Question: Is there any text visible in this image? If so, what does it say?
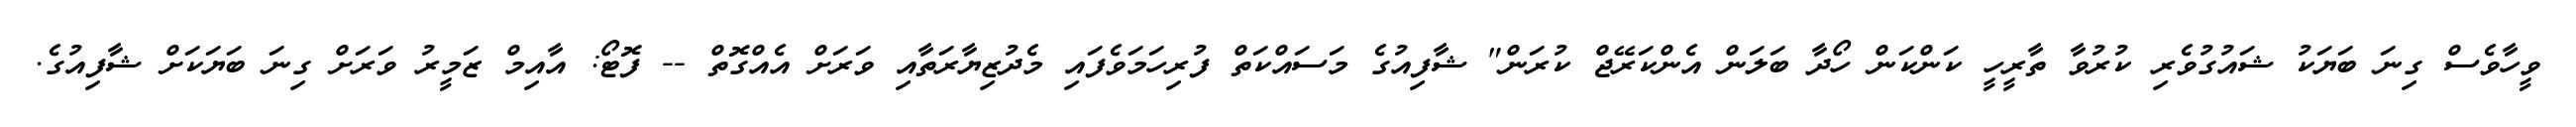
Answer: ވީހާވެސް ގިނަ ބަޔަކު ޝައުގުވެރި ކުރުވާ ތާރީހީ ކަންކަން ހޯދާ ބަލަން އެންކަރޭޖް ކުރަން" ޝާފިއުގެ މަސައްކަތް ފުރިހަމަވެފައި މެދުޒިޔާރަތާއި ވަރަށް އެއްގޮތް -- ފޮޓޯ: އާއިމް ޒަމީރު ވަރަށް ގިނަ ބަޔަކަށް ޝާފިއުގެ.